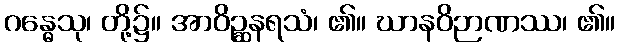
ဂန္ဓေသု၊ တို့၌။ အာဝိဉ္ဆနရသံ၊ ၏။ ဃာနဝိဉာဏဿ၊ ၏။